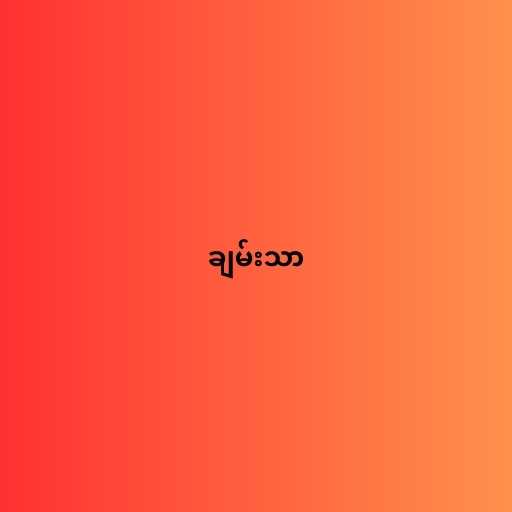
ချမ်းသာ